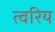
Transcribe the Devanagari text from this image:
त्वरिय